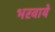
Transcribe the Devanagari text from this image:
भरवाये